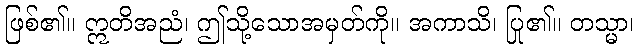
ဖြစ်၏။ ဣတိအညံ၊ ဤသို့သောအမှတ်ကို။ အကာသိ၊ ပြု၏။ တသ္မာ၊